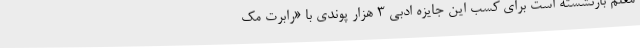
معلم بازنشسته است برای کسب این جایزه ادبی 3 هزار پوندی با «رابرت مک